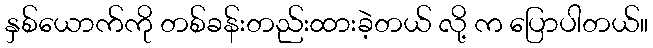
နှစ်ယောက်ကို တစ်ခန်းတည်းထားခဲ့တယ် လို့ က ပြောပါတယ်။